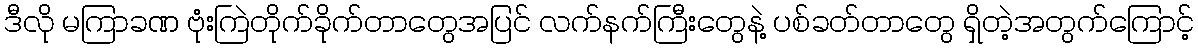
ဒီလို မကြာခဏ ဗုံးကြဲတိုက်ခိုက်တာတွေအပြင် လက်နက်ကြီးတွေနဲ့ ပစ်ခတ်တာတွေ ရှိတဲ့အတွက်ကြောင့်